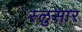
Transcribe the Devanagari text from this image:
स्लुसार